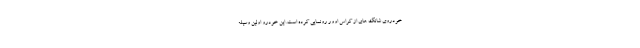
خودروی شانگ های از کراس اوور رونمایی کرده است. این خودرو اولین وسیله